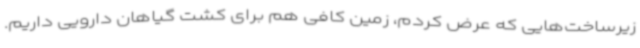
زیرساخت‌هایی که عرض کردم، زمین کافی هم برای کشت گیاهان دارویی داریم.